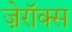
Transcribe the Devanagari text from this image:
ज़ेरॉक्स